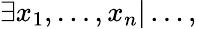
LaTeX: \exists x_{1},\dots,x_{n}|\dots,